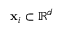
\mathbf { x } _ { i } \subset \mathbb { R } ^ { d }